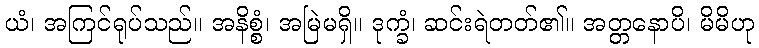
ယံ၊ အကြင်ရုပ်သည်။ အနိစ္စံ၊ အမြဲမရှိ။ ဒုက္ခံ၊ ဆင်းရဲတတ်၏။ အတ္တနောပိ၊ မိမိဟု